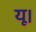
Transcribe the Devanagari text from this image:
यू।